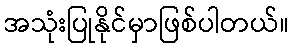
အသုံးပြုနိုင်မှာဖြစ်ပါတယ်။